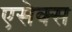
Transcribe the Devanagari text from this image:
एसेक्‍स